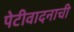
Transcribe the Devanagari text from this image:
पेटीवादनाची